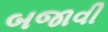
બજાવી